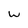
Character: W